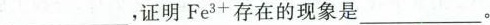
___，证明Fe^{3+}存在的现象是___。